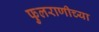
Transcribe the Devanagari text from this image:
फुलराणीच्या